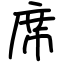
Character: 席